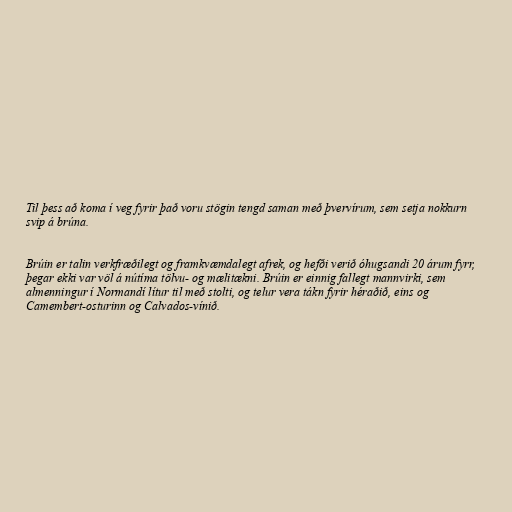
Til þess að koma í veg fyrir það voru stögin tengd saman með þvervírum, sem setja nokkurn
svip á brúna.

Brúin er talin verkfræðilegt og framkvæmdalegt afrek, og hefði verið óhugsandi 20 árum fyrr,
þegar ekki var völ á nútíma tölvu- og mælitækni. Brúin er einnig fallegt mannvirki, sem
almenningur í Normandí lítur til með stolti, og telur vera tákn fyrir héraðið, eins og
Camembert-osturinn og Calvados-vínið.